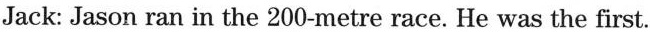
Jack: Jason ran in the 200-metre race. He was the first.